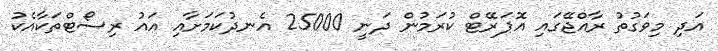
އަދި މިވަގުތު ރާއްޖޭގައި އޮޕަރޭޓް ކުރަމުން ދަނީ 25000 އެނދުކަމަށާއި އައު ރިސޯޓްތަކާއެކު